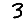
Digit: 3